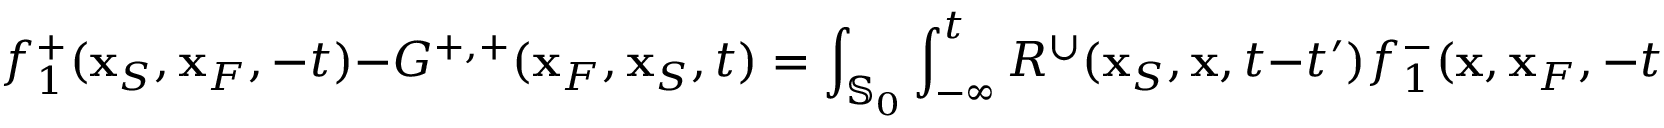
f _ { 1 } ^ { + } ( { \bf x } _ { S } , { \bf x } _ { F } , - t ) - G ^ { + , + } ( { \bf x } _ { F } , { \bf x } _ { S } , t ) = \int _ { { \mathbb { S } _ { 0 } } } \int _ { - \infty } ^ { t } R ^ { \cup } ( { \bf x } _ { S } , { \bf x } , t - t ^ { \prime } ) f _ { 1 } ^ { - } ( { \bf x } , { \bf x } _ { F } , - t ^ { \prime } ) \mathrm { d } t ^ { \prime } \mathrm { d } { \bf x } ,